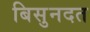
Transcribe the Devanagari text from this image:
बिसुनदत